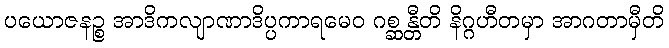
ပယောဇနဉ္စ အာဒိကလျာဏာဒိပ္ပကာရမေဝ ဂစ္ဆန္တီတိ နိဂ္ဂဟီတမှာ အာဂတာမှီတိ